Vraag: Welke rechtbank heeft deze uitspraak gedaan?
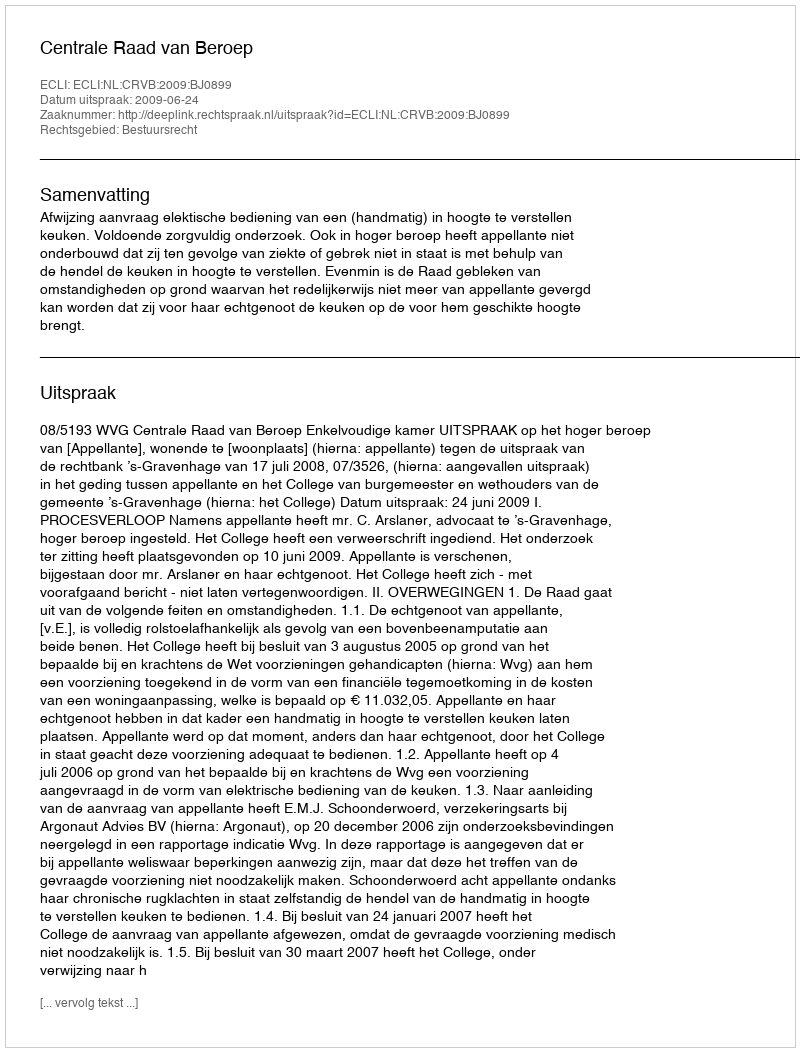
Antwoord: Centrale Raad van Beroep